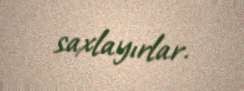
saxlayırlar.